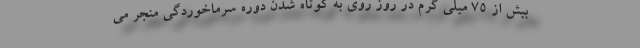
بیش از 75 میلی گرم در روز روی به کوتاه شدن دوره سرماخوردگی منجر می